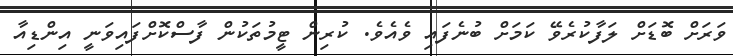
ވަރަށް ބޮޑަށް ލަފާކުރެވޭ ކަމަށް ބުނެފައި ވެއެވެ. ކުރިން ޓީމުތަކުން ފާސްކޮށްފައިވަނީ އިންޑިއާ